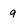
Character: 9